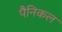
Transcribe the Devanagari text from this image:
पैनिकल